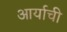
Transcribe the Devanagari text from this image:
आर्याची